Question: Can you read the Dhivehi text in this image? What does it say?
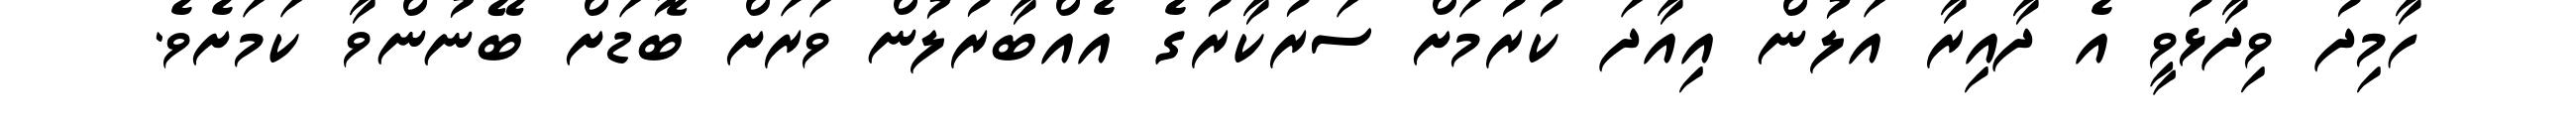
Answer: ހާމިދު ވިދާޅުވީ އެ ދާއިރާ އަލުން އިއާދަ ކުރުމަށް ސަރުކާރުގެ އެއްބާރުލުން ވަރަށް ބޮޑަށް ބޭނުންވާ ކަމަށެވެ.